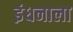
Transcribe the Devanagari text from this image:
इंधनाला